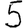
Digit: 5